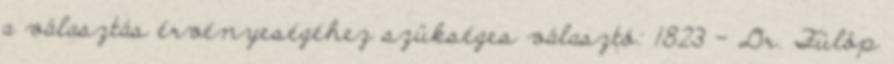
a választás érvényeségéhez szükséges választó: 1823 – Dr. Fülöp